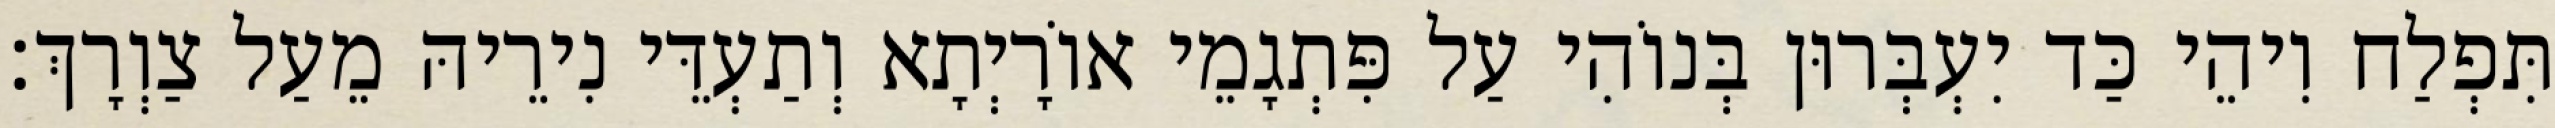
תִּפְלַח וִיהֵי כַּד יִעְבְּרוּן בְּנוֹהִי עַל פִּתְגָמֵי אוֹרָיְתָא וְתַעְדֵּי נִירֵיהּ מֵעַל צַוְרָךְ׃